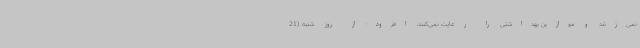
نمی‌زنند و موازین بهداشتی را رعایت نمی‌کنند، افزود: از روز شنبه (21